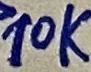
Text: 10K